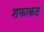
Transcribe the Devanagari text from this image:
शफाकत